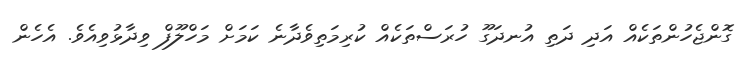
ގޮންޖެހުންތަކެއް އަދި ދަތި އުނދަގޫ ހުރަސްތަކެއް ކުރިމަތިވެދާނެ ކަމަށް މަހްލޫފް ވިދާޅުވިއެވެ. އެހެން